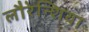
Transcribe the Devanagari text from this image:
लौरेन्शिया